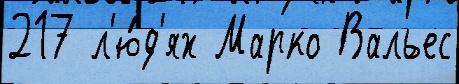
217 л'ю́д'ях Марко Вальес